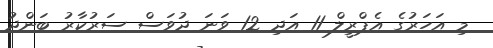
މި އަހަރުގެ އެޕްރީލް 11 އަދި 12 ވަނަ ދުވަސް ސަރުކާރު ބަންދު